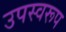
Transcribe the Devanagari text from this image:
उपस्वरूप